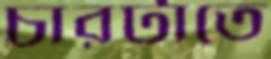
চারটাতে